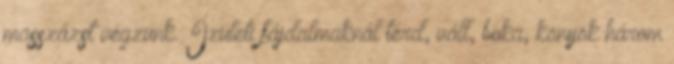
masszázst végzünk. Ízületi fájdalmaknál térd, váll, boka, könyök három